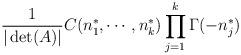
LaTeX: \begin{align*}\frac{1}{| \det(A) |} C(n_{1}^{*}, \cdots, n_{k}^{*}) \prod_{j=1}^{k} \Gamma(-n_{j}^{*})\end{align*}